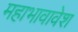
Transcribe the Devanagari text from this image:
महाभावावेश